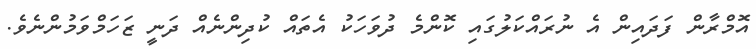
އޮމްރާން ފަދައިން އެ ނުރައްކަލުގައި ކޮންމެ ދުވަހަކު އެތައް ކުދިންނެއް ދަނީ ޒަހަމްވަމުންނެވެ.